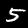
Label: 5